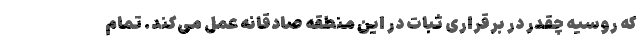
که روسیه چقدر در برقراری ثبات در این منطقه صادقانه عمل می‌کند. تمام